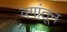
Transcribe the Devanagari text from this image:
वगांतून